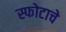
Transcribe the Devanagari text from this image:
स्फोटाचे